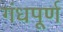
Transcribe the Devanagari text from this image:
गंधपूर्ण